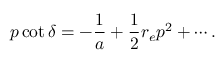
p \cot \delta = - \frac { 1 } { a } + \frac 1 2 r _ { e } p ^ { 2 } + \cdots .